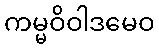
ကမ္မဝိဝါဒမေဝ